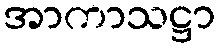
အာကာသဋ္ဌာ